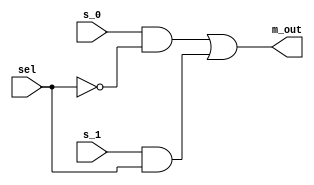
// Copyright (C) 2020  Intel Corporation. All rights reserved.
// Your use of Intel Corporation's design tools, logic functions 
// and other software and tools, and any partner logic 
// functions, and any output files from any of the foregoing 
// (including device programming or simulation files), and any 
// associated documentation or information are expressly subject 
// to the terms and conditions of the Intel Program License 
// Subscription Agreement, the Intel Quartus Prime License Agreement,
// the Intel FPGA IP License Agreement, or other applicable license
// agreement, including, without limitation, that your use is for
// the sole purpose of programming logic devices manufactured by
// Intel and sold by Intel or its authorized distributors.  Please
// refer to the applicable agreement for further details, at
// https://fpgasoftware.intel.com/eula.

// PROGRAM		"Quartus Prime"
// VERSION		"Version 20.1.1 Build 720 11/11/2020 SJ Lite Edition"
// CREATED		"Wed Dec 22 12:36:21 2021"

module mx_2x1(
	s_1,
	s_0,
	sel,
	m_out
);


input wire	s_1;
input wire	s_0;
input wire	sel;
output wire	m_out;

wire	SYNTHESIZED_WIRE_0;
wire	SYNTHESIZED_WIRE_1;
wire	SYNTHESIZED_WIRE_2;




assign	SYNTHESIZED_WIRE_2 = s_1 & sel;

assign	SYNTHESIZED_WIRE_1 = s_0 & SYNTHESIZED_WIRE_0;

assign	m_out = SYNTHESIZED_WIRE_1 | SYNTHESIZED_WIRE_2;

assign	SYNTHESIZED_WIRE_0 =  ~sel;


endmodule